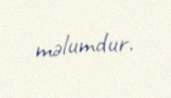
məlumdur.